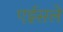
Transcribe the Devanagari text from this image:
एईसले